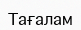
Тағалам